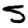
Digit: 5